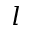
l